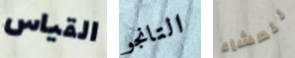
القياس التانجو للعشاء